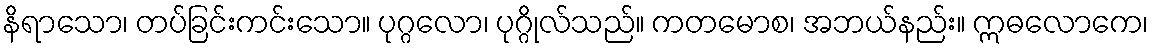
နိရာသော၊ တပ်ခြင်းကင်းသော။ ပုဂ္ဂလော၊ ပုဂ္ဂိုလ်သည်။ ကတမောစ၊ အဘယ်နည်း။ ဣဓလောကေ၊